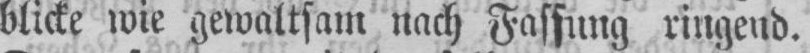
blicke wie gewaltsam nach Fassung ringend.